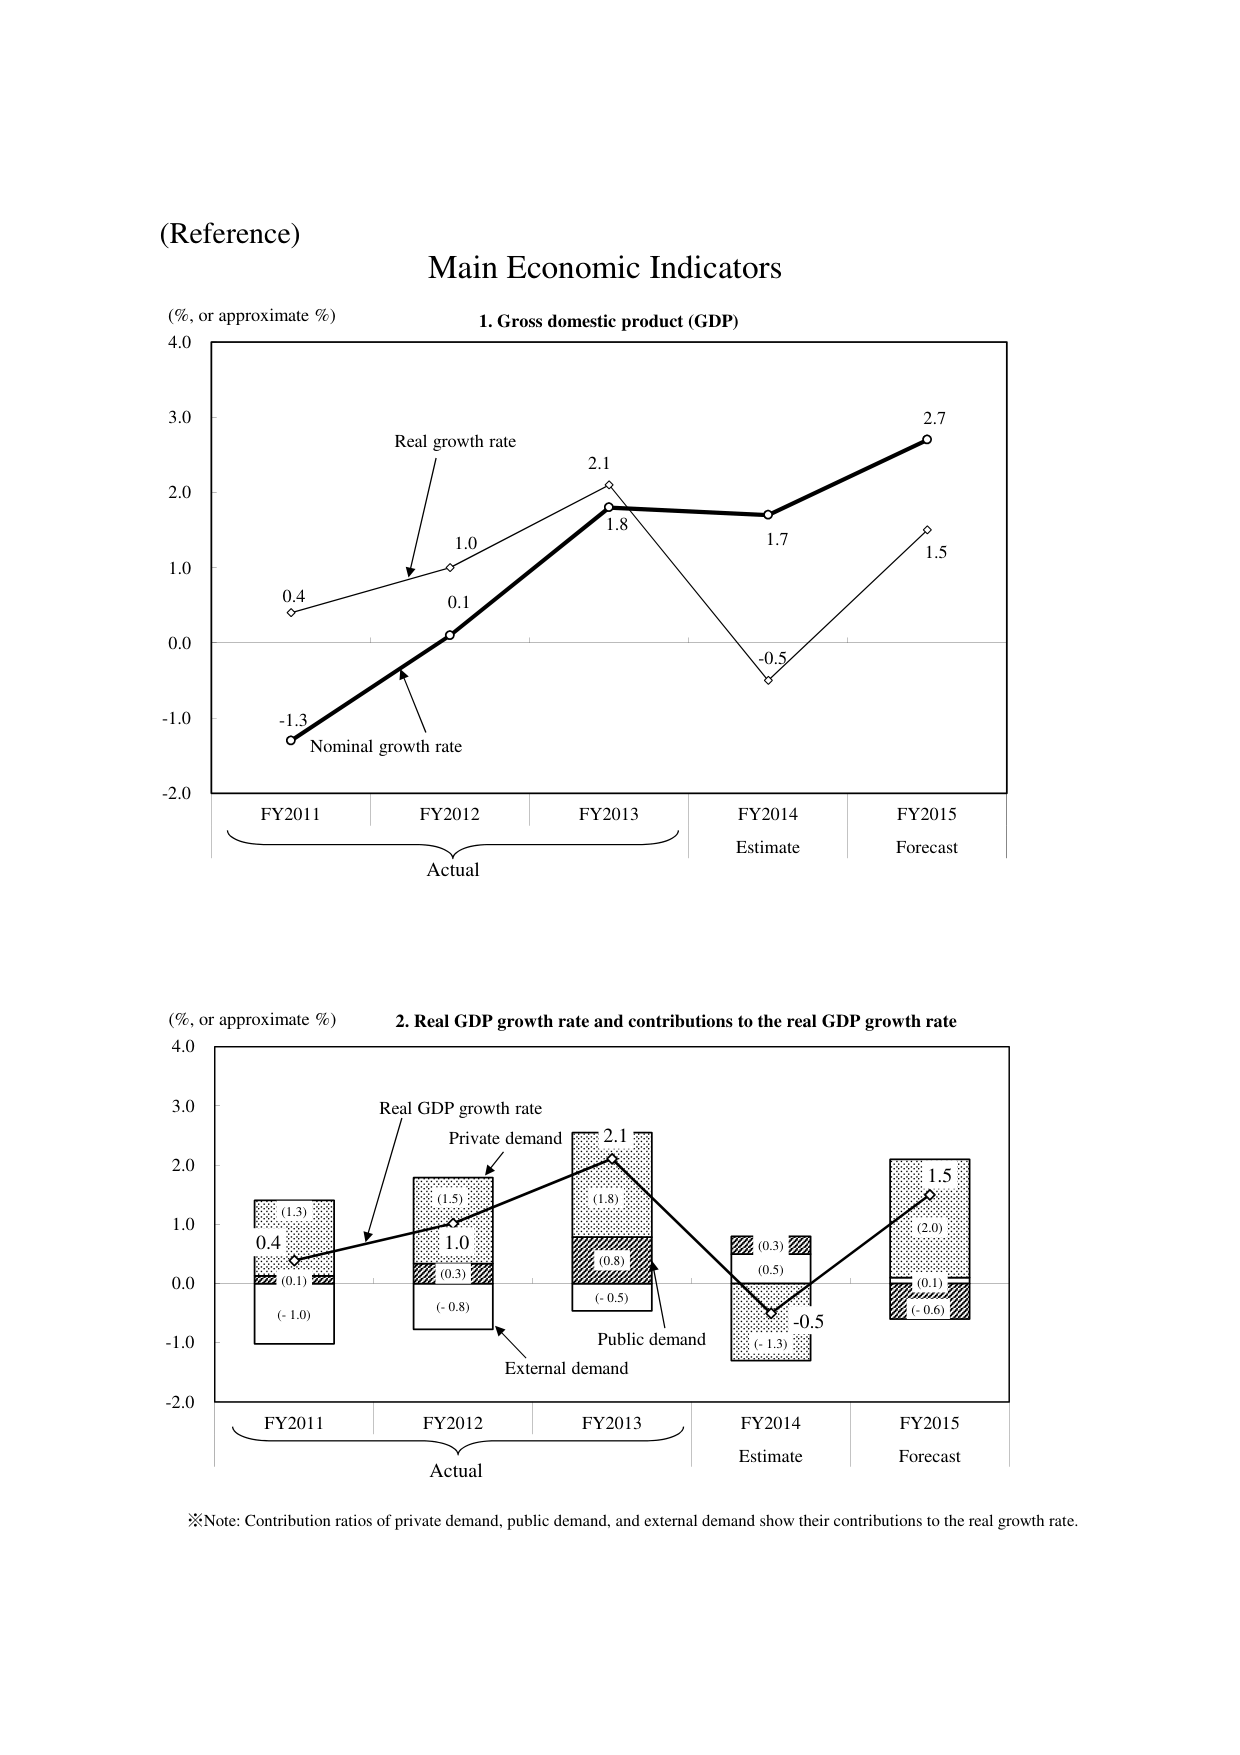
(Reference)
Main Economic Indicators

(%, or approximate %)
1. Gross domestic product (GDP)
4.0
3.0
2.0
1.0
0.0
-1.0
-2.0
Real growth rate
Nominal growth rate
0.4
-1.3
1.0
0.1
2.1
1.8
1.7
2.7
-0.5
1.5
FY2011
FY2012
FY2013
FY2014
Estimate
FY2015
Forecast
Actual

(%, or approximate %)
2. Real GDP growth rate and contributions to the real GDP growth rate
4.0
3.0
2.0
1.0
0.0
-1.0
-2.0
Real GDP growth rate
Private demand
Public demand
External demand
0.4
(1.3)
(0.1)
(-1.0)
1.0
(1.5)
(0.3)
(-0.8)
2.1
(1.8)
(0.8)
(-0.5)
-0.5
(0.3)
(0.5)
(-1.3)
1.5
(2.0)
(0.1)
(-0.6)
FY2011
FY2012
FY2013
FY2014
Estimate
FY2015
Forecast
Actual

※Note: Contribution ratios of private demand, public demand, and external demand show their contributions to the real growth rate.